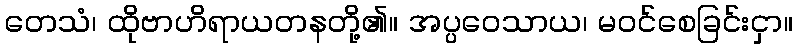
တေသံ၊ ထိုဗာဟိရာယတနတို့၏။ အပ္ပဝေသာယ၊ မဝင်စေခြင်းငှာ။